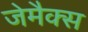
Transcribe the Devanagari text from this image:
जेमैक्स